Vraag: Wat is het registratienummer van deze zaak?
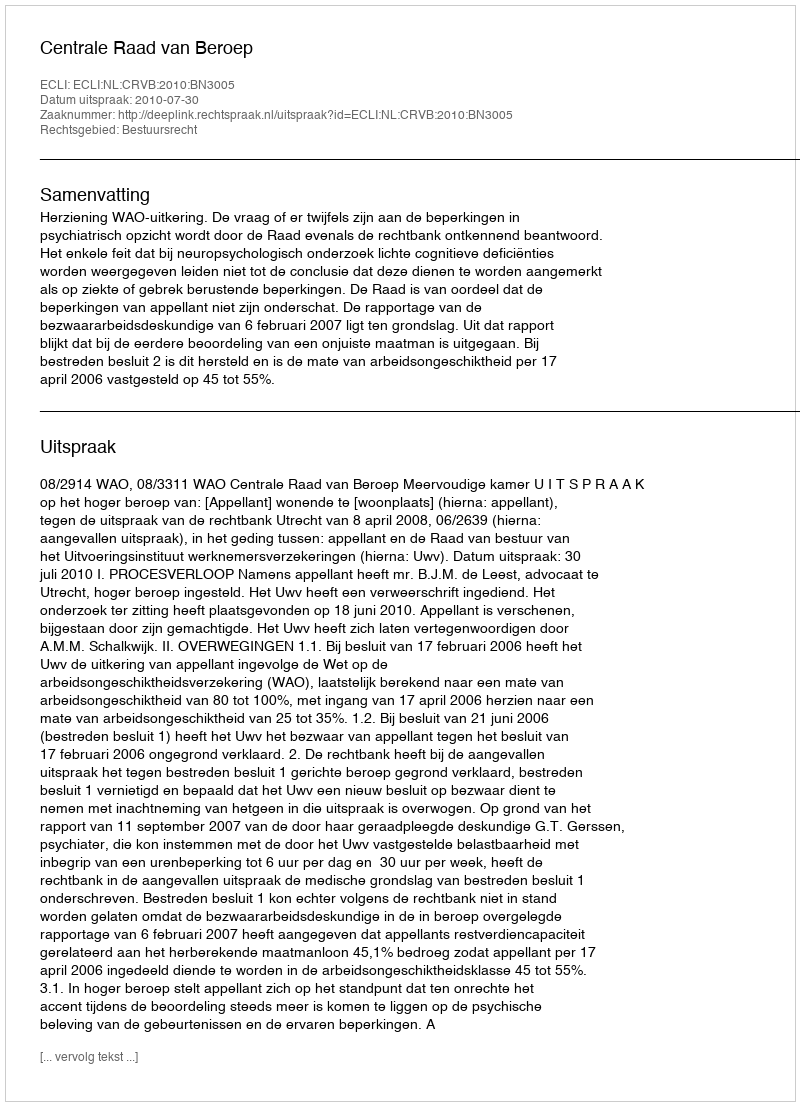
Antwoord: http://deeplink.rechtspraak.nl/uitspraak?id=ECLI:NL:CRVB:2010:BN3005